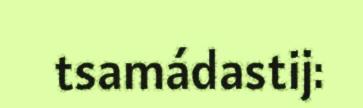
tsamádastij: